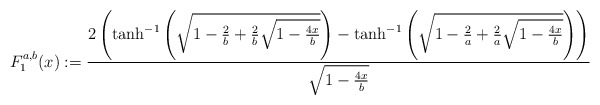
\begin{align*}F^{a,b}_1(x):= \frac{2\left( \tanh^{-1}\left(\sqrt{1 - \frac{2}{b} + \frac{2}{b} \sqrt{1-\frac{4x}{b}}}\right) - \tanh^{-1}\left(\sqrt{1 - \frac{2}{a} +\frac{2}{a}\sqrt{1-\frac{4 x}{b}}}\right)\right) }{\sqrt{1-\frac{4x}{b}}} \end{align*}